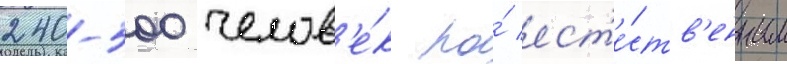
240-500 челов'е́к по́ ест'е́ств'енным